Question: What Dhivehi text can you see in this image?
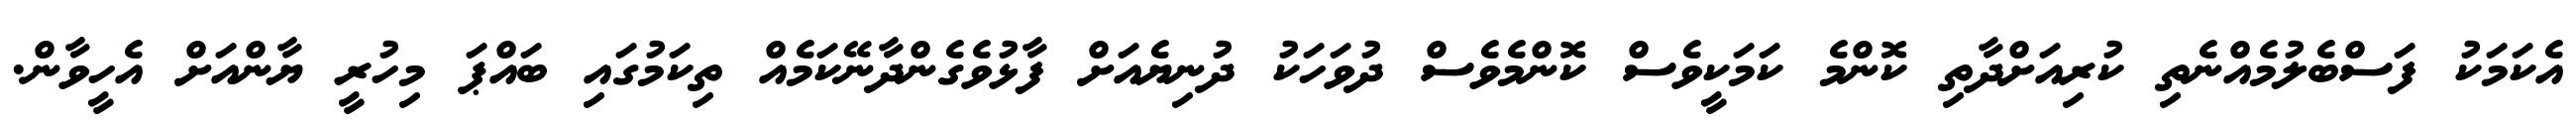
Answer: އެކަމަކު ފަސްބެލުމެއްނެތި ކުރިއަށްދާތި ކޮންމެ ކަމަކީވެސް ކޮންމެވެސް ދުވަހަކު ދުނިޔެއަށް ފާޅުވެގެންދާނޭކަމެއް ތިކަމުގައި ބައްޕަ މިހުރީ ޔާންއަށް އެހީވާން.